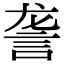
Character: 詟